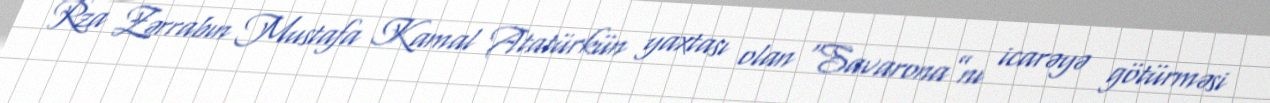
Rza Zərrabın Mustafa Kamal Atatürkün yaxtası olan “Savarona”nı icarəyə götürməsi